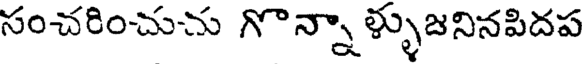
సంచరించుచు గొన్నా ళ్ళుజనినపిదప